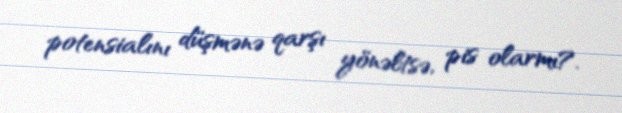
potensialını düşmənə qarşı yönəltsə, pis olarmı?.